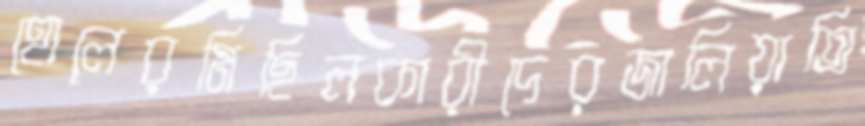
হোলেরমিছিলকারীদেরজালিয়াতি